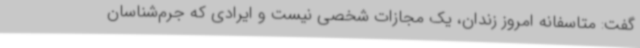
گفت: متاسفانه امروز زندان، یک مجازات شخصی نیست و ایرادی که جرم‌شناسان